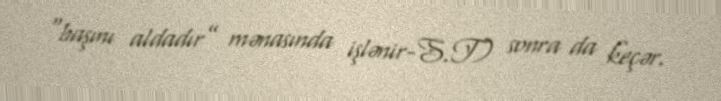
“başını aldadır” mənasında işlənir-S.T) sonra da keçər.